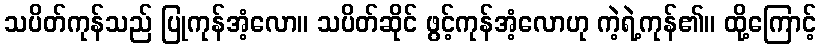
သပိတ်ကုန်သည် ပြုကုန်အံ့လော။ သပိတ်ဆိုင် ဖွင့်ကုန်အံ့လောဟု ကဲ့ရဲ့ကုန်၏။ ထို့ကြောင့်